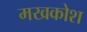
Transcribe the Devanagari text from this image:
मखकोश